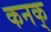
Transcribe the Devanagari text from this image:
कनक्